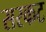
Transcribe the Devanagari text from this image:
सरकट